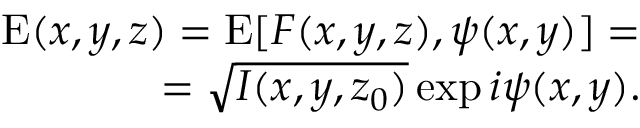
\begin{array} { r } { \mathrm { E } ( x , y , z ) = \mathrm { E } [ F ( x , y , z ) , \psi ( x , y ) ] = } \\ { = \sqrt { I ( x , y , z _ { 0 } ) } \exp { i \psi ( x , y ) } . } \end{array}